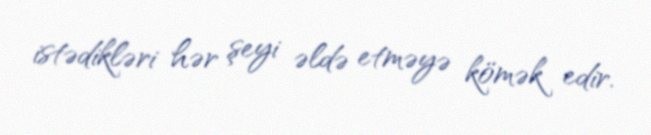
istədikləri hər şeyi əldə etməyə kömək edir.